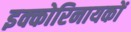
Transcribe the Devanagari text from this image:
इक्कोरिनायकों